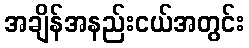
အချိန်အနည်းငယ်အတွင်း